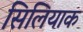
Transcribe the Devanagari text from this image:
सिलियाक